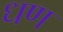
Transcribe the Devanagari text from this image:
धण